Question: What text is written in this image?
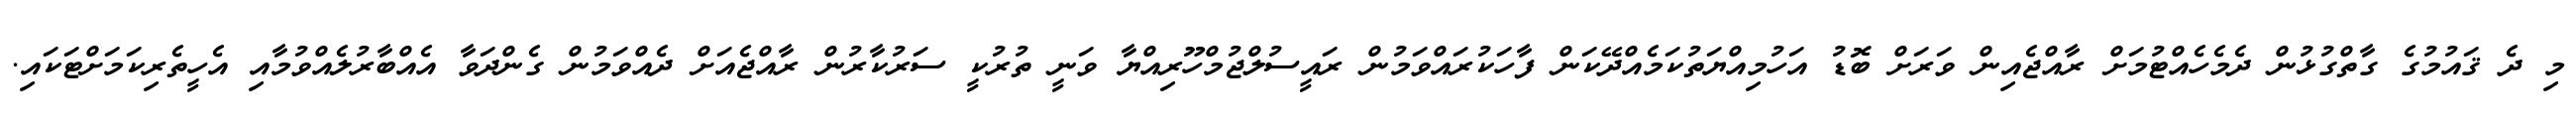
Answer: މި ދެ ޤައުމުގެ ގާތްގުޅުން ދެމެހެއްޓުމަށް ރާއްޖެއިން ވަރަށް ބޮޑު އަހުމިއްޔަތުކަމެއްދޭކަން ފާހަކުރައްވަމުން ރައީސުލްޖުމްހޫރިއްޔާ ވަނީ ތުރުކީ ސަރުކާރުން ރާއްޖެއަށް ދެއްވަމުން ގެންދަވާ އެއްބާރުލެއްވުމާއި އެހީތެރިކަމަށްޓަކައި.